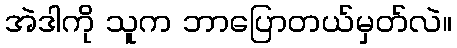
အဲဒါကို သူက ဘာပြောတယ်မှတ်လဲ။